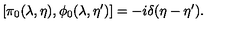
\left[ \pi _ { 0 } ( \lambda , \eta ) , \phi _ { 0 } ( \lambda , \eta ^ { \prime } ) \right] = - i \delta ( \eta - \eta ^ { \prime } ) .